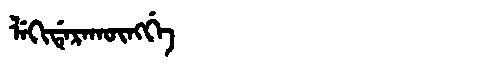
Manchu: ᠯᡝᡴᡳᡩᡝᡵᠠᡴᡡᠩᡤᡝ
Romanization: LEKIDERAKŪNGGE